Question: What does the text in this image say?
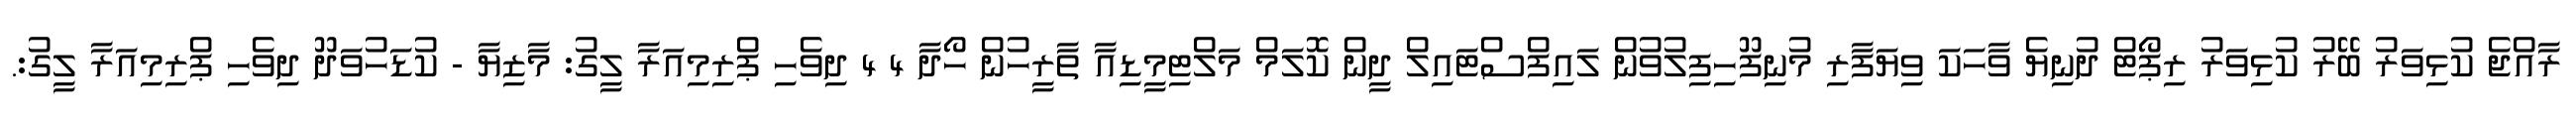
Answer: ރާއްޖެ ކުޅިވަރު ބޭރު ކުޅިވަރު ރިޕޯޓް ދުނިޔެ ވާހަކަ ވިޔަފާރި މުނިފޫހިފިލުވުން ލައިފްސްޓައިލް ދީން ކޮލަމް މަލްޓިމީޑިއާ ތާރީހުން ހޯދާ 4 4 ދިވެހި ޕްރިމިއަރާ ލީގު: މާޒިޔާ - ކުޑަހުވަދޫ ދިވެހި ޕްރިމިއަރާ ލީގު:.